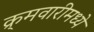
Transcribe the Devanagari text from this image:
क्र्मवारीमध्ये